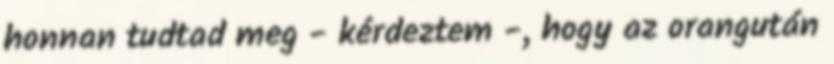
honnan tudtad meg - kérdeztem -, hogy az orangután